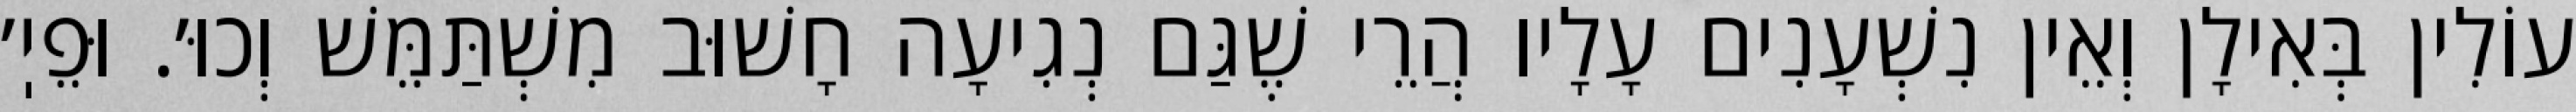
עוֹלִין בְּאִילָן וְאֵין נִשְׁעָנִים עָלָיו הֲרֵי שֶׁגַּם נְגִיעָה חָשׁוּב מִשְׁתַּמֵּשׁ וְכוּ׳. וּפֵיֽ׳